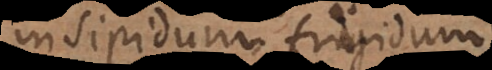
insipidum frigidum